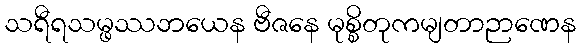
သရီရသမ္ဖဿဘယေန ဗီဇနေ မုစ္စိတုကမျတာဉာဏေန